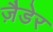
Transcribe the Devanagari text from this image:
ज़ैडेर